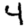
Digit: 4